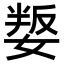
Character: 𡞟